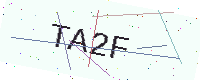
Text: TA2F